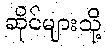
ဆိုင်များသို့